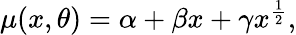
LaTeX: \begin{array}{r}{\mu(x,\theta)=\alpha+\beta x+\gamma x^{\frac{1}{2}},}\end{array}